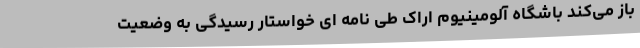
باز می‌کند باشگاه آلومینیوم اراک طی نامه ای خواستار رسیدگی به وضعیت